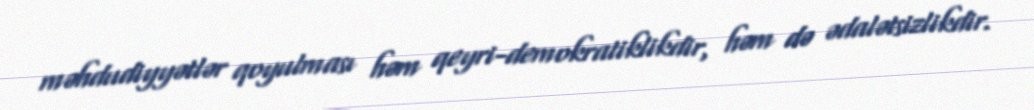
məhdudiyyətlər qoyulması həm qeyri-demokratiklikdir, həm də ədalətsizlikdir.